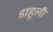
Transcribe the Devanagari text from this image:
डाहूली